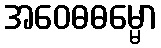
အဝေဓဓမ္မော